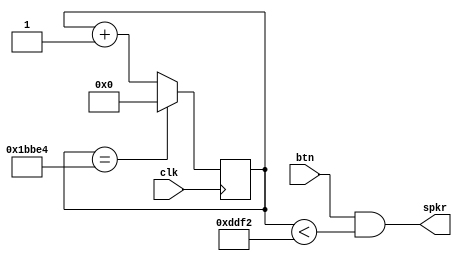
`timescale 1ns / 1ps
`default_nettype none

module audio(
    input  wire clk,
    input  wire btn,
    output wire spkr
    );

    reg [31:0] cnt;

    always @(posedge clk) begin
        if (cnt == 32'd113636)
            cnt <= 32'd0;
        else
            cnt <= cnt + 32'd1;
    end

    assign spkr = btn && (cnt < 56818);

endmodule